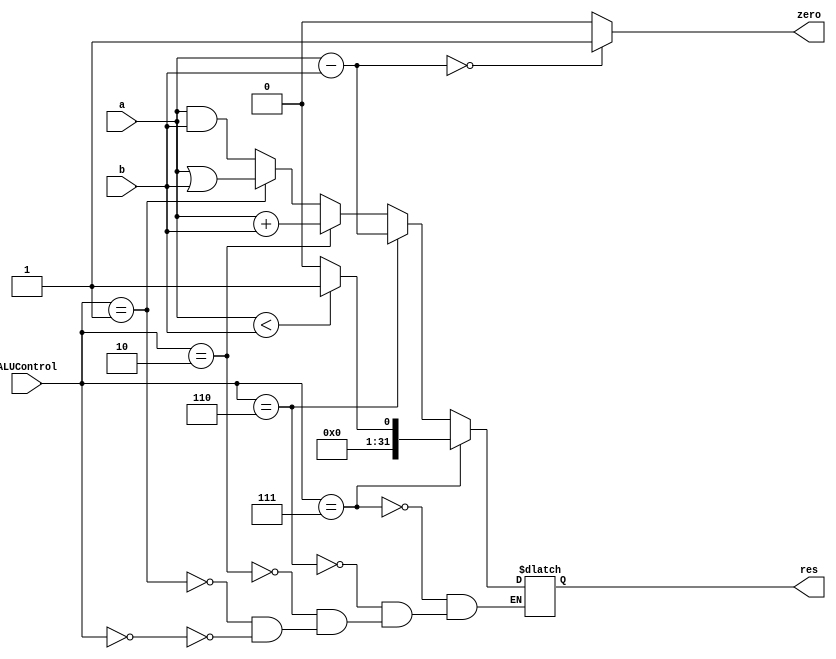
module alu(a, b, ALUControl, res, zero);
    input [31:0] a, b;
    input [2:0] ALUControl;
    output reg [31:0] res;
    output reg zero;
    always @(*) begin
        #1;
        if (ALUControl == 3'b000) begin
            res = a & b;
        end

        if (ALUControl == 3'b001) begin
            res = a | b;
        end

        if (ALUControl == 3'b010) begin
            res = a + b;
        end

        if (ALUControl == 3'b110) begin
            res = a - b;
        end

        if (ALUControl == 3'b111) begin
            if (a < b) begin
                res = 1;
            end
            else begin
                res = 0;
            end
        end

        if (a - b == 0) begin
            zero = 1;
        end
        else begin
            zero = 0;
        end
    end
endmodule